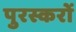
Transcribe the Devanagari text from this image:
पुरस्करों